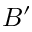
B ^ { \prime }